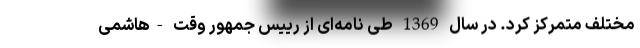
مختلف متمرکز کرد. در سال 1369 طی نامه‌ای از رییس جمهور وقت -هاشمی